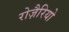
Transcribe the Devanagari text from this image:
रोज़ैरियो